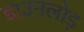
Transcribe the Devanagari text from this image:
डाउनलोड़